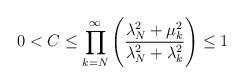
LaTeX: \begin{align*}0 < C \leq \prod\limits_{k=N}^{\infty}\Bigg( \frac{\lambda_{N}^{2}+\mu_{k}^{2}}{\lambda_{N}^{2}+\lambda_{k}^{2}} \Bigg) \leq 1 \end{align*}